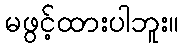
မဖွင့်ထားပါဘူး။